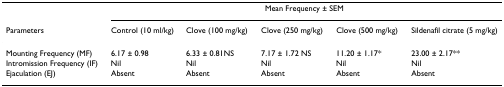
|  | <COLSPAN=5> Mean Frequency ± SEM |
 | Parameters | Control (10 ml/kg) | Clove (100 mg/kg) | Clove (250 mg/kg) | Clove (500 mg/kg) | Sildenafil citrate (5 mg/kg) |
 | --- | --- | --- | --- | --- | --- |
 | Mounting Frequency (MF) | 6.17 ± 0.98 | 6.33 ± 0.81NS | 7.17 ± 1.72 NS | 11.20 ± 1.17* | 23.00 ± 2.17** |
 | Intromission Frequency (IF) | Nil | Nil | Nil | Nil | Nil |
 | Ejaculation (EJ) | Absent | Absent | Absent | Absent | Absent |